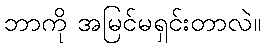
ဘာကို အမြင်မရှင်းတာလဲ။